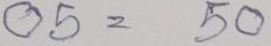
05 = 50